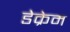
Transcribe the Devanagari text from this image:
डेक्रेम